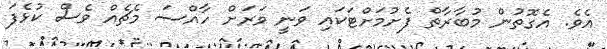
އެވެ. އެގޮތުން މުބާރާތް ފެށުމަށްޓަކައި ވަނީ ވަރަށް ހާއްސަ މެޗެއް ވެސް ކުޅެފަ